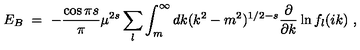
E _ { B } \ = \ - \frac { \cos \pi s } { \pi } \mu ^ { 2 s } \sum _ { l } \int _ { m } ^ { \infty } d k ( k ^ { 2 } - m ^ { 2 } ) ^ { 1 / 2 - s } \frac { \partial } { \partial k } \ln f _ { l } ( i k ) \ ,